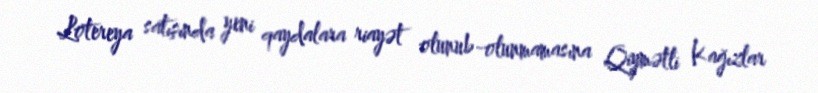
Lotereya satışında yeni qaydalara riayət olunub-olunmamasına Qiymətli Kağızlar